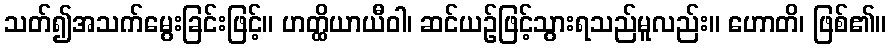
သတ်၍အသက်မွေးခြင်းဖြင့်။ ဟတ္ထိယာယီဝါ၊ ဆင်ယဉ်ဖြင့်သွားရသည်မူလည်း။ ဟောတိ၊ ဖြစ်၏။